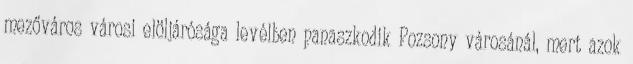
mezőváros városi elöljárósága levélben panaszkodik Pozsony városánál, mert azok